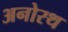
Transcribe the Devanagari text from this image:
अनोरथ